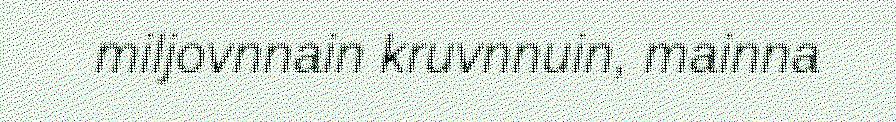
miljovnnain kruvnnuin, mainna